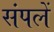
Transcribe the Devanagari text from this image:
संपलें